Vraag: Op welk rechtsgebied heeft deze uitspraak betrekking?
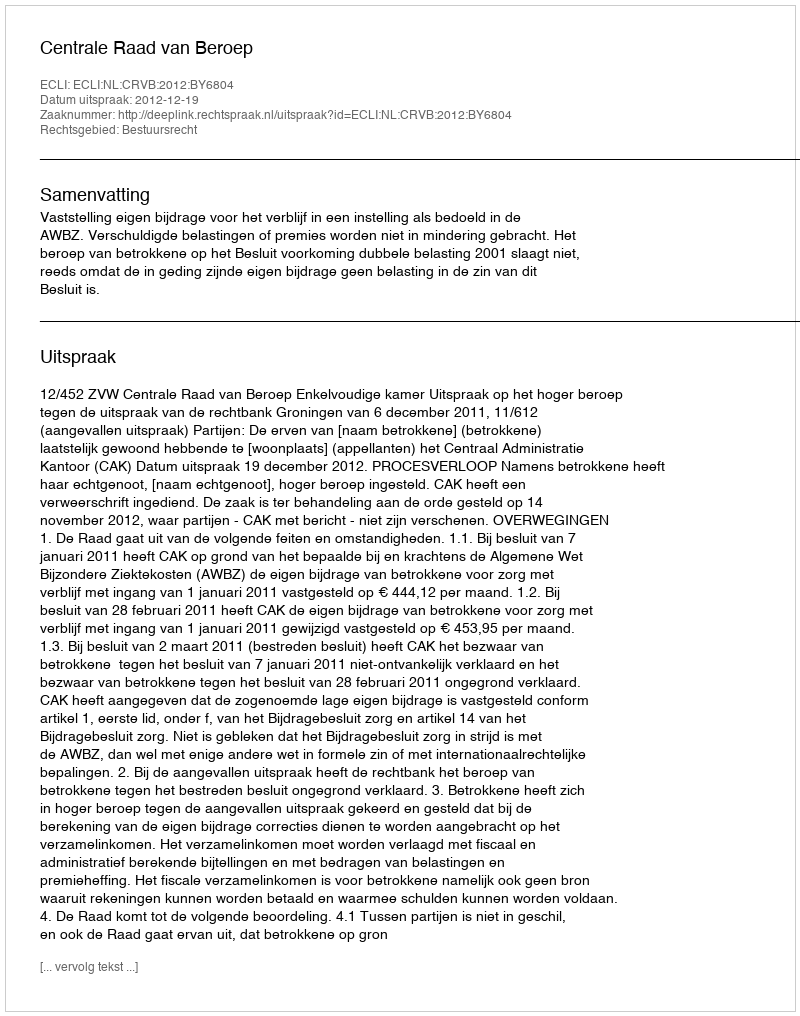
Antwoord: Bestuursrecht